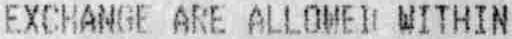
EXCHANGE ARE ALLOWED WITHIN